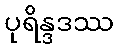
ပုရိန္ဒဒဿ